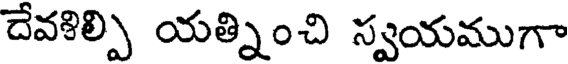
దేవళిల్పి యత్నించి స్వయముగా